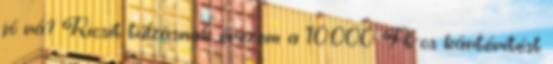
jó rá? Kicsit túlzásnak érezem a 10.000 Ft-os kártérítést